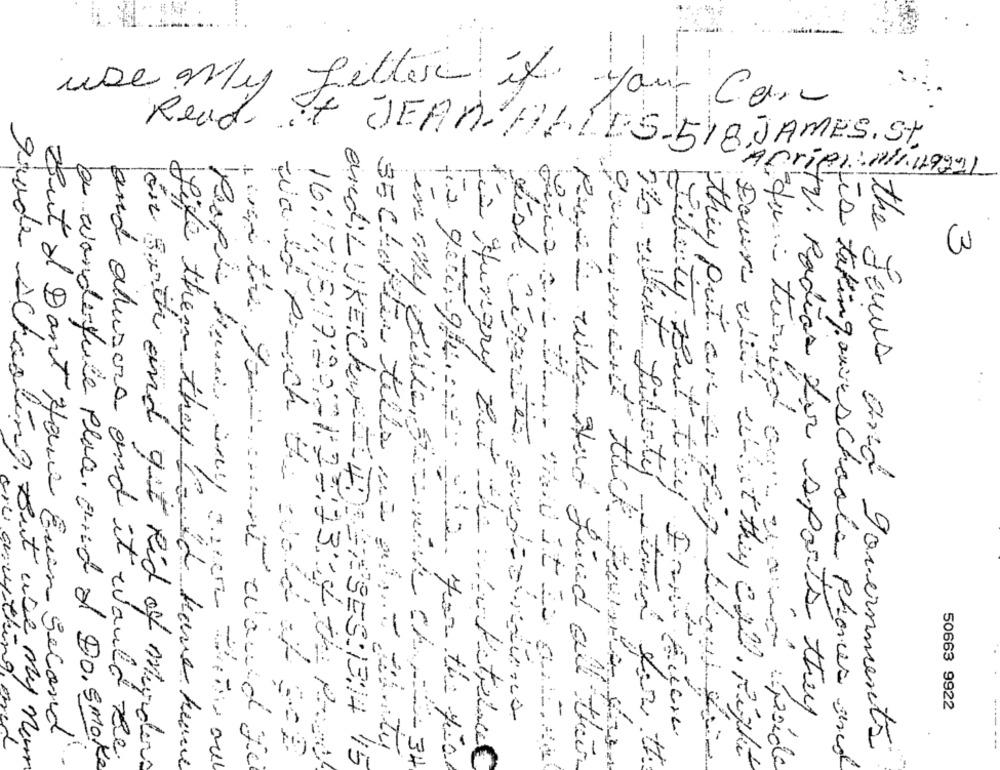
-
use only filter it your Car
Read It JEAN ALLES- SIR JAMES. St.
ADriei: //19991
3
Liberty
Liberty But they
grade schooling. But us
they put an a feig ble
50663 9922
TV. Podias des sports they
my new
But I Dont Have Even Second
the Jews and governments
$5 Chapitre tells us ad- 12 tu
a wonderfule place, and al Do, smoke
and allusers and it would Be.
and get Rid of murders
Like them they Could have heave
the Hungry out the laketrue
paul wike And find all their
Downs white what they call. Right
futurand ou maima peside
itis taking ourschoola phances and
en oly Selle, SU wak Ch-34